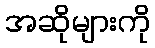
အဆိုများကို